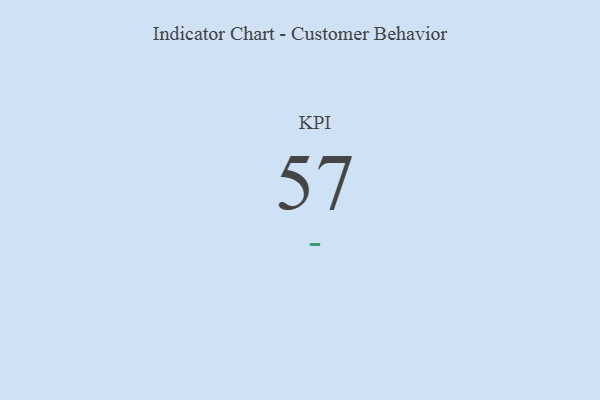
{"axis": {"x": "KPI", "y": "Value"}, "legend": [""], "data": [{"x": "KPI", "y": 57, "type": ""}]}